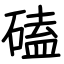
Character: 磕